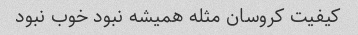
کیفیت کروسان مثله همیشه نبود خوب نبود